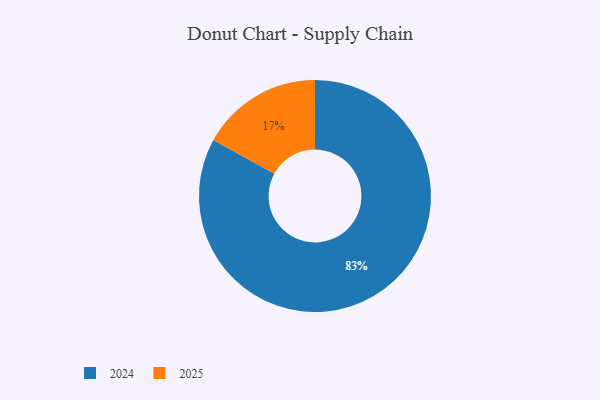
{"axis": {"x": "Category", "y": "Percentage"}, "legend": ["2024", "2025"], "data": [{"x": "2025", "y": 17, "type": "2025"}, {"x": "2024", "y": 83, "type": "2024"}]}